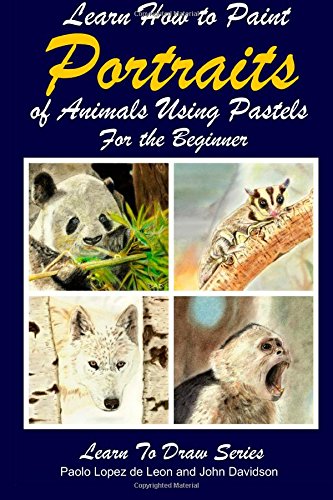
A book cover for Learn How to Paint Portraits of Animals Using Pastels For the Beginner; Paolo Lopez de Leon; Arts & Photography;